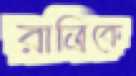
রাত্রিকে